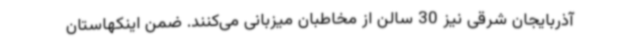
آذربایجان شرقی نیز 30 سالن از مخاطبان میزبانی می‌کنند. ضمن اینکهاستان